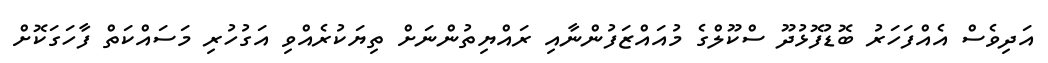
އަދިވެސް އެއްފަހަރު ބޮޑުފޮޅުދޫ ސްކޫލްގެ މުއައްޒަފުންނާއި ރައްޔިތުންނަށް ތިޔަކުރެއްވި އަގުހުރި މަސައްކަތް ފާހަގަކޮށް